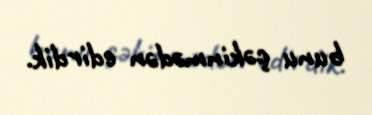
bunu çəkinmədən edirdik.